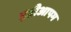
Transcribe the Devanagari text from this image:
इडीआपम